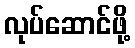
လုပ်ဆောင်ဖို့